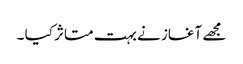
مجھے آغاز نے بہت متاثر کیا ۔